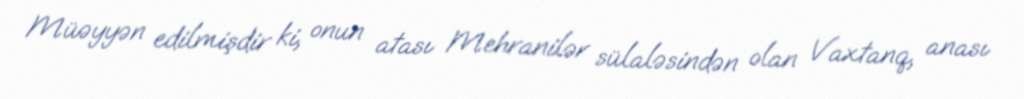
Müəyyən edilmişdir ki, onun atası Mehranilər sülaləsindən olan Vaxtanq, anası